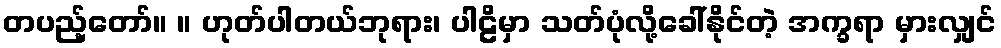
တပည့်တော်။ ။ ဟုတ်ပါတယ်ဘုရား၊ ပါဠိမှာ သတ်ပုံလို့ခေါ်နိုင်တဲ့ အက္ခရာ မှားလျှင်